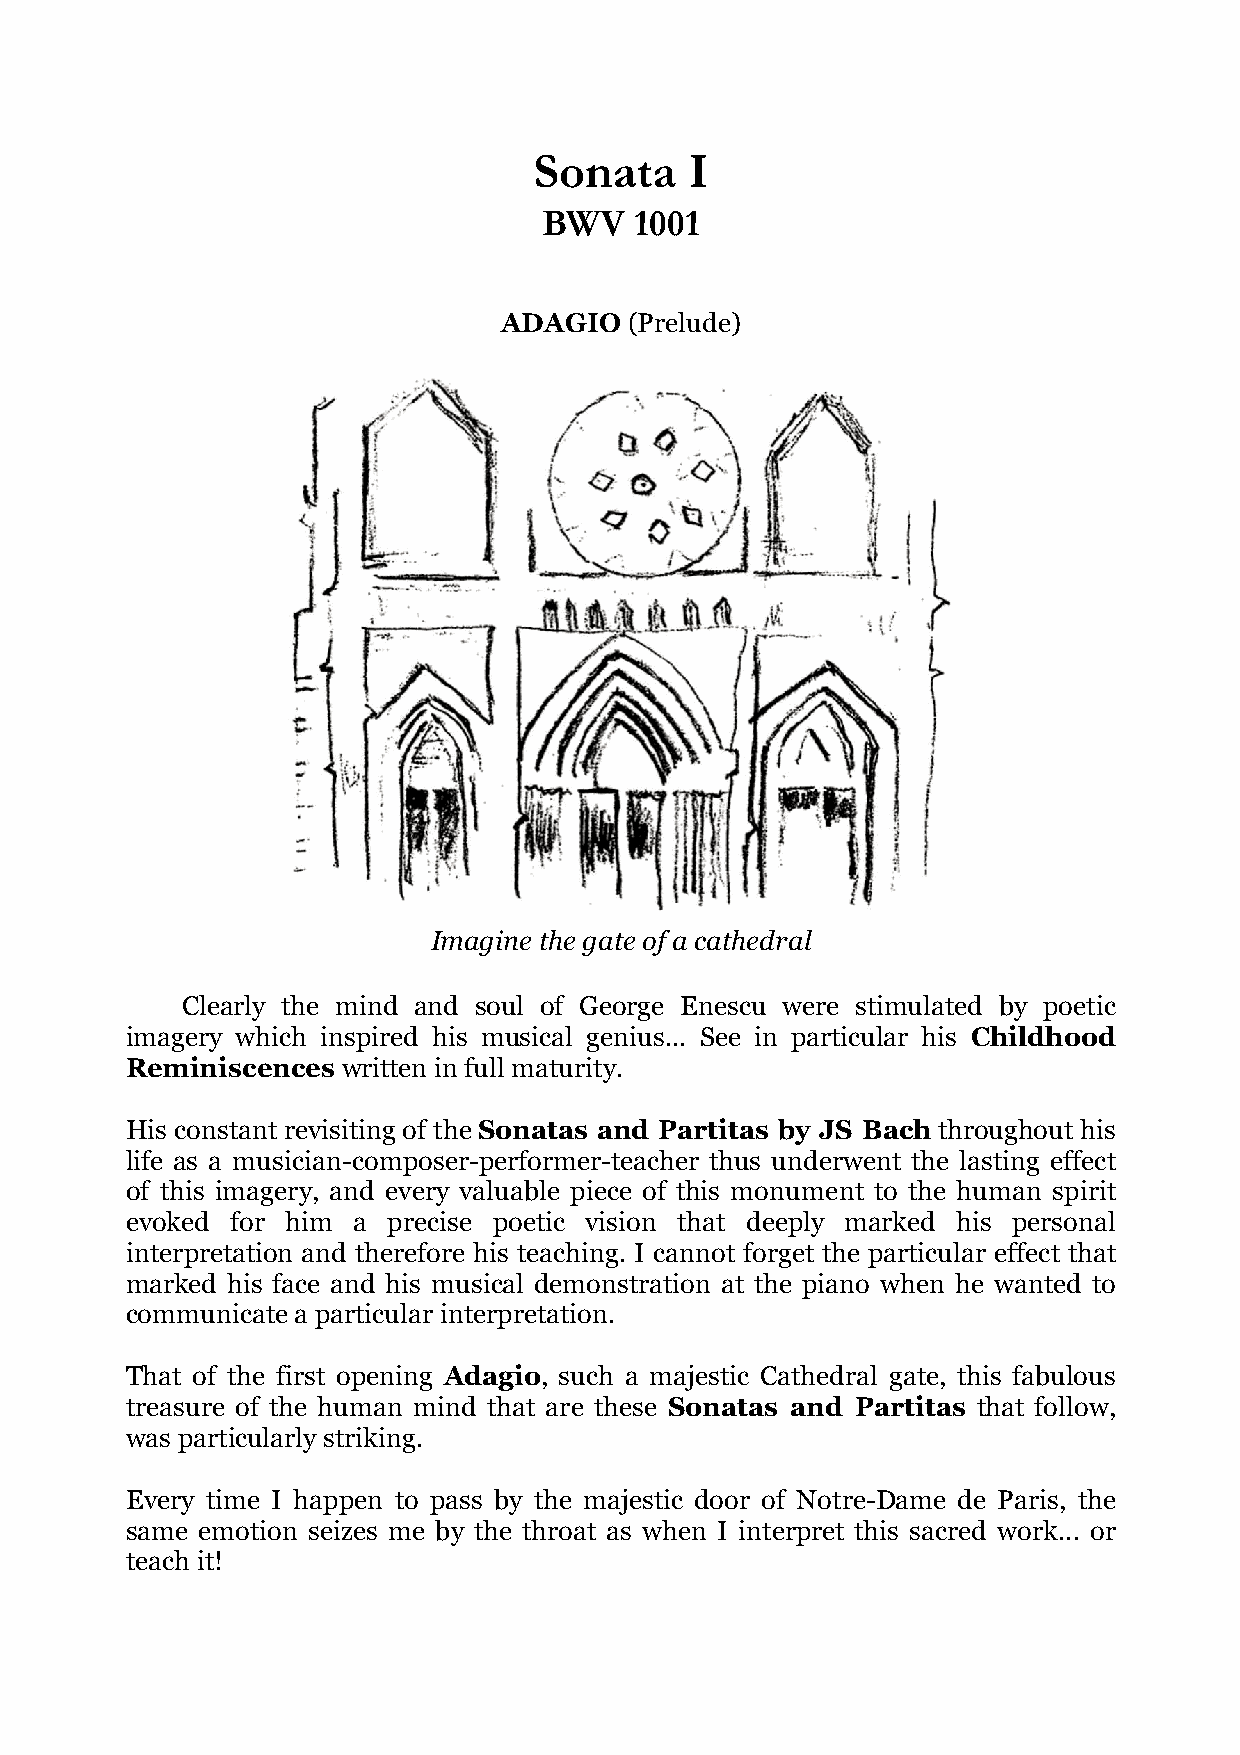
Sonata     I
 BWV   1001
 ADAGIO   (Prelude)
 Imagine the gate of a cathedral
 Clearly the mind and soul of George Enescu were stimulated by poetic
 imagery which inspired his musical genius... See in particular his Childhood
 Reminiscences  written in full maturity.
 His constant revisiting of the Sonatas and Partitas by JS Bach throughout his
 life as a musician-composer-performer-teacher thus underwent the lasting effect
 of this imagery, and every valuable piece of this monument to the human spirit
 evoked for him a  precise poetic vision that deeply marked his personal
 interpretation and therefore his teaching. I cannot forget the particular effect that
 marked his face and his musical demonstration at the piano when he wanted to
 communicate a particular interpretation.
 That of the first opening Adagio, such a majestic Cathedral gate, this fabulous
 treasure of the human mind that are these Sonatas and Partitas that follow,
 was particularly striking.
 Every time I happen to pass by the majestic door of Notre-Dame de Paris, the
 same emotion seizes me by the throat as when I interpret this sacred work... or
 teach it!